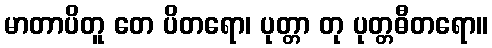
မာတာပိတူ တေ ပိတရော၊ ပုတ္တာ တု ပုတ္တဓီတရော။